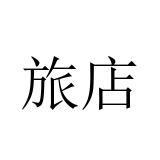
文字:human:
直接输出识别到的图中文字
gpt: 旅店